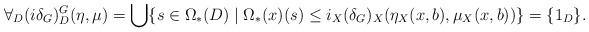
LaTeX: \begin{align*}\forall_D(i\delta_G)^G_D(\eta,\mu) = \bigcup \{ s \in \Omega_\ast(D) \mid \Omega_\ast(x)(s) \leq i_X (\delta_G)_X (\eta_X(x,b) , \mu_X(x,b))\} = \{1_D\}.\end{align*}